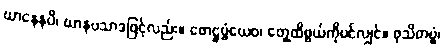
ဃာနေနပိ၊ ဃာနပသာဒဖြင့်လည်း။ ဖောဋ္ဌဗ္ဗံယေဝ၊ တွေ့ထိဖွယ်ကိုပင်လျှင်။ ဖုသိတဗ္ဗံ၊